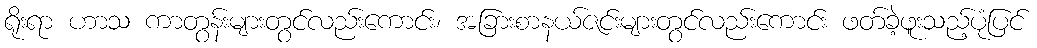
ရိုးရာ ဟာသ ကာတွန်းများတွင်လည်းကောင်း၊ အခြားစာနယ်ဇင်းများတွင်လည်းကောင်း ဖတ်ခဲ့ဖူးသည့်ပုံပြင်